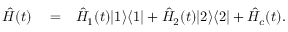
\begin{array} { r l r } { \hat { H } ( t ) } & { { } = } & { \hat { H } _ { 1 } ( t ) | 1 \rangle \langle 1 | + \hat { H } _ { 2 } ( t ) | 2 \rangle \langle 2 | + \hat { H } _ { c } ( t ) . } \end{array}